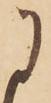
に